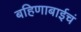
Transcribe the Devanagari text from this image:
बहिणाबाईचं